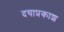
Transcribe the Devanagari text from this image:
दयाप्रकाश